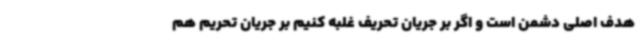
هدف اصلی دشمن است و اگر بر جریان تحریف غلبه کنیم بر جریان تحریم هم